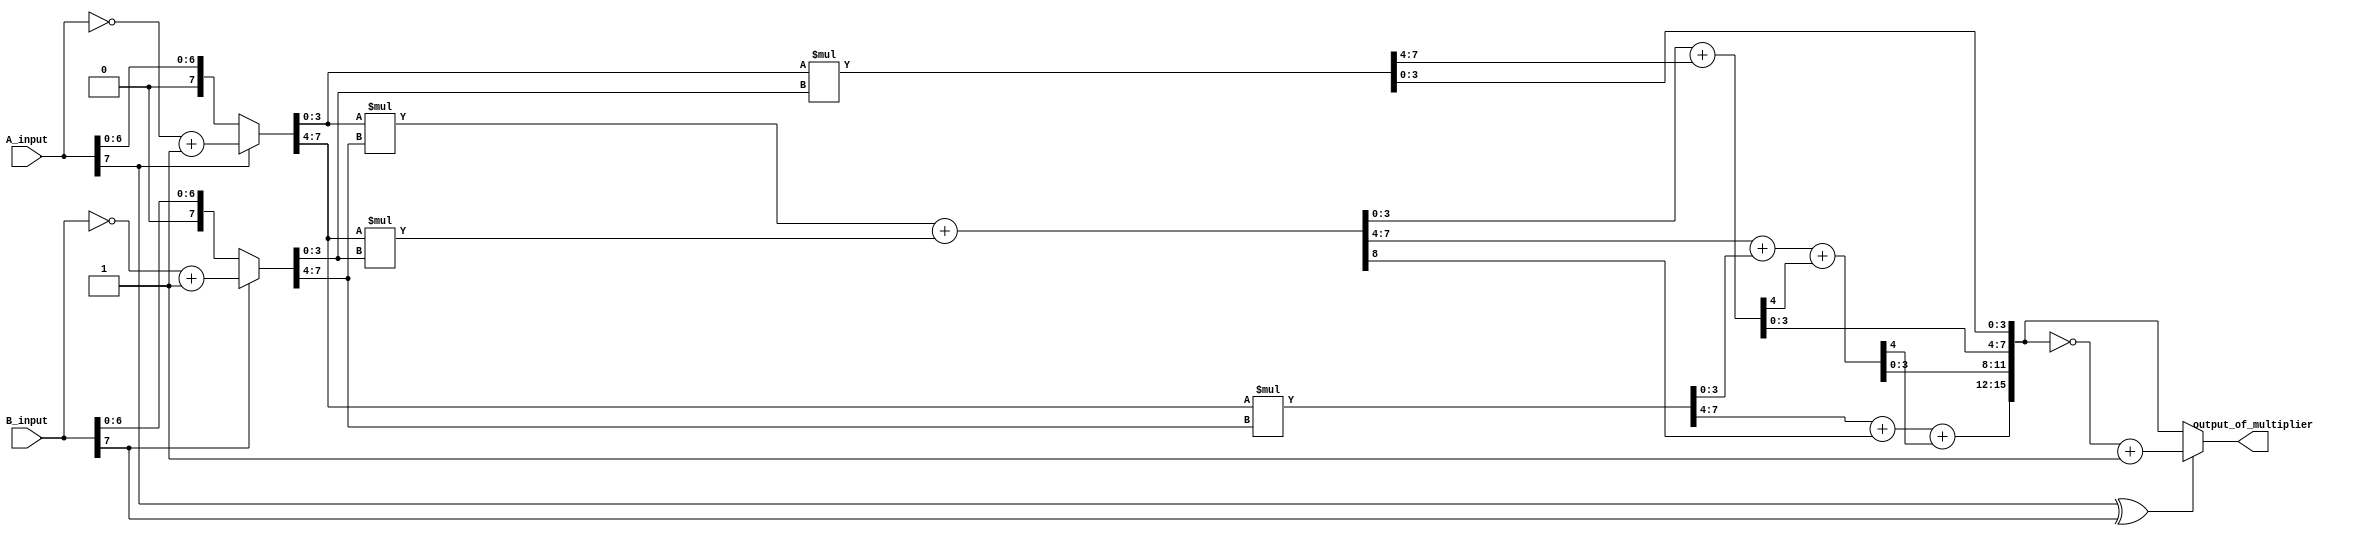
module Pipe_Line_Multiplier(A_input, B_input, output_of_multiplier);
	parameter WIDTH = 8;
	input [WIDTH - 1 : 0]A_input, B_input;
	output [(2 * WIDTH) - 1 : 0]output_of_multiplier;

wire [WIDTH - 1 : 0]absolute_value_of_A_input, absolute_value_of_B_input, ArBr, ArBl, AlBr, AlBl, ArBl_plus_AlBr;
wire co_of_ArBl_plus_AlBr, co_of_first_adder, co_of_second_adder;
wire [(2 * WIDTH) - 1 : 0]absolute_value_of_output_of_multiplier;

assign absolute_value_of_A_input = A_input[WIDTH - 1] ? ~(A_input) + 1 : A_input;
assign absolute_value_of_B_input = B_input[WIDTH - 1] ? ~(B_input) + 1 : B_input;

assign ArBr = absolute_value_of_A_input[(WIDTH / 2) - 1 : 0] * absolute_value_of_B_input[(WIDTH / 2) - 1 : 0];
assign ArBl = absolute_value_of_A_input[(WIDTH / 2) - 1 : 0] * absolute_value_of_B_input[WIDTH - 1 : WIDTH / 2];
assign AlBr = absolute_value_of_A_input[WIDTH - 1 : WIDTH / 2] * absolute_value_of_B_input[(WIDTH / 2) - 1 : 0];
assign AlBl = absolute_value_of_A_input[WIDTH - 1 : WIDTH / 2] * absolute_value_of_B_input[WIDTH - 1 : WIDTH / 2];

assign {co_of_ArBl_plus_AlBr, ArBl_plus_AlBr} = ArBl + AlBr;

assign absolute_value_of_output_of_multiplier[(WIDTH / 2) - 1 : 0] = ArBr[(WIDTH / 2) - 1 : 0];
assign {co_of_first_adder, absolute_value_of_output_of_multiplier[WIDTH - 1 : WIDTH / 2]} = ArBl_plus_AlBr[(WIDTH / 2) - 1 : 0] + ArBr[WIDTH - 1 : WIDTH / 2];
assign {co_of_second_adder, absolute_value_of_output_of_multiplier[(3 * (WIDTH / 2)) - 1 : WIDTH]} = ArBl_plus_AlBr[WIDTH - 1 : WIDTH / 2] + AlBl[(WIDTH / 2) - 1 : 0] + co_of_first_adder;
assign absolute_value_of_output_of_multiplier[(2 * WIDTH) - 1 : 3 * (WIDTH / 2)] = AlBl[WIDTH - 1 : WIDTH / 2] + co_of_ArBl_plus_AlBr + co_of_second_adder;

assign output_of_multiplier = (A_input[WIDTH - 1] ^ B_input[WIDTH - 1]) ? ~(absolute_value_of_output_of_multiplier) + 1 : absolute_value_of_output_of_multiplier;

endmodule